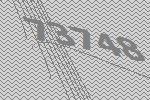
73748